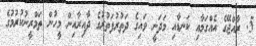
5. ރާއްޖޭގެ އެއްގަމާއި ކަނޑާއި މަދަނީ ވައިގެ ދަތުރުފަތުރުގެ ދާއިރާއިން މީހުން ތަމްރީނުކުރުމުގެ